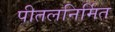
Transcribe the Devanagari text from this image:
पीतलनिर्मित